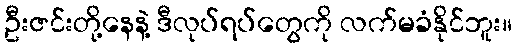
ဦးဇင်းတို့နေနဲ့ ဒီလုပ်ရပ်တွေကို လက်မခံနိုင်ဘူး။